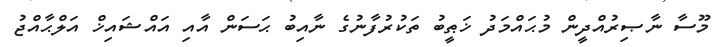
މޫސާ ނާޞިރުއްދީން މުޙައްމަދު ޚަޠީބު ތަކުރުފާނުގެ ނާއިބު ޙަސަން އާއި އައްޝައިޚް އަލްޙާއްޖު